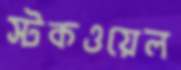
স্টকওয়েল